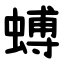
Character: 䗚